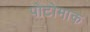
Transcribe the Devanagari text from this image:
पोटोमाक